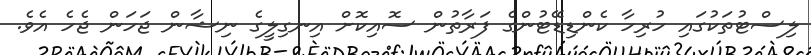
ލިސްޓުތަކުގައި ހުރިހާ ކެންޑިޑޭޓުންގެ ފަރާތުން ސޮއިކޮށް އިނގިލީގެ ނިޝާން ޖަހަން ޖެހެ އެވެ.